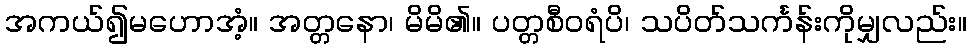
အကယ်၍မဟောအံ့။ အတ္တနော၊ မိမိ၏။ ပတ္တစီဝရံပိ၊ သပိတ်သင်္ကန်းကိုမျှလည်း။